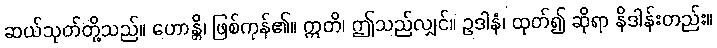
ဆယ်သုတ်တို့သည်။ ဟောန္တိ၊ ဖြစ်ကုန်၏။ ဣတိ၊ ဤသည်လျှင်။ ဥဒါနံ၊ ထုတ်၍ ဆိုရာ နိဒါန်းတည်း။